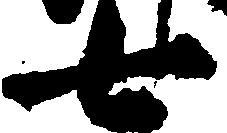
七